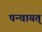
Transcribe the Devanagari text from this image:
पन्चायत्